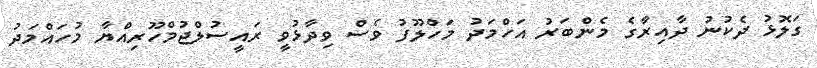
ގަލޮޅު ދެކުނު ދާއިރާގެ މެންބަރު އަހްމަދު މަހްލޫފު ވެސް ވިދާޅުވީ ރައީސުލްޖުމްހޫރިއްޔާ މުހައްމަދު